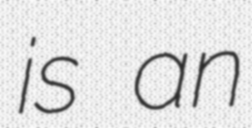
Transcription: is an